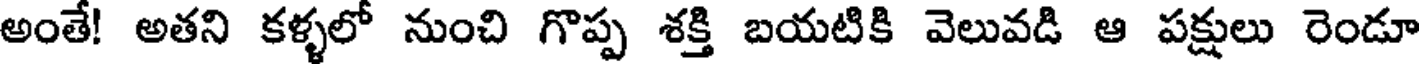
అంతే! అతని కళ్ళలో నుంచి గొప్ప శక్తి బయటికి వెలువడి ఆ పక్షులు రెండూ